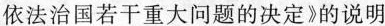
依法治国若干重大问题的决定》的说明